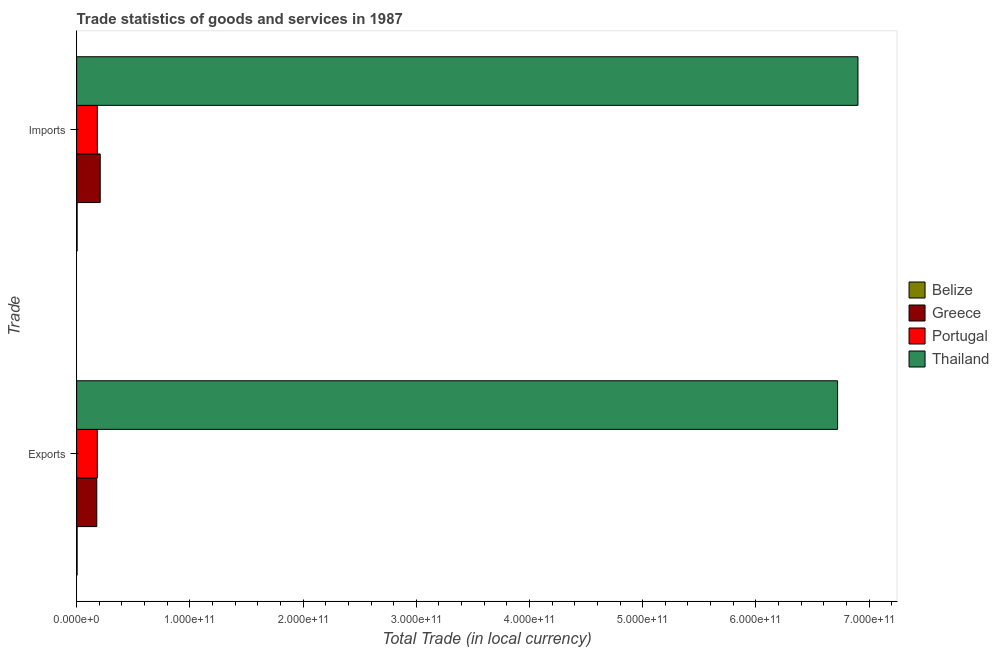
| Trade | Belize | Greece | Portugal | Thailand |
 | --- | --- | --- | --- | --- |
 | Exports | 4.14e+08 | 1.78e+10 | 1.82e+10 | 6.72e+11 |
 | Imports | 4.29e+08 | 2.08e+10 | 1.82e+10 | 6.9e+11 |